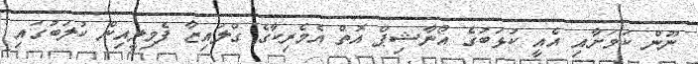
ނޫން ކަމަށާއި އެއީ ކުޅަބުގެ އޯނާޝިޕް އޮތް އެމެރިކާގެ ގްލައިޒާ ފެމިލީއިން ކުލަބުގައި